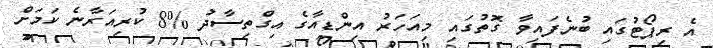
އެ ރިޕޯޓުގައި ބުނެފައިވާ ގޮތުގައި މިއަހަރު އިންޑިއާގެ އިގްތިސާދު %8 ކުރިއަރާނެ ކަމަށް